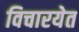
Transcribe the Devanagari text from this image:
विचारयेत